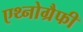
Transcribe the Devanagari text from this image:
एथ्नोग्रैफी